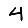
Digit: 4